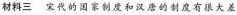
材料三 宋代的国家制度和汉唐的制度有很大差